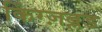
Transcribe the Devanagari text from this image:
किंग्ज़ब्लड